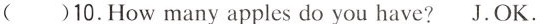
( )10.How many apples do you have? J.OK.